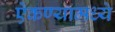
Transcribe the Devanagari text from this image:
ऐकण्यामध्ये